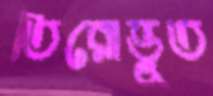
তিরোভূত